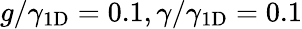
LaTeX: g/\gamma_{1\mathrm{{D}}}=0.1,\gamma/\gamma_{1\mathrm{{D}}}=0.1